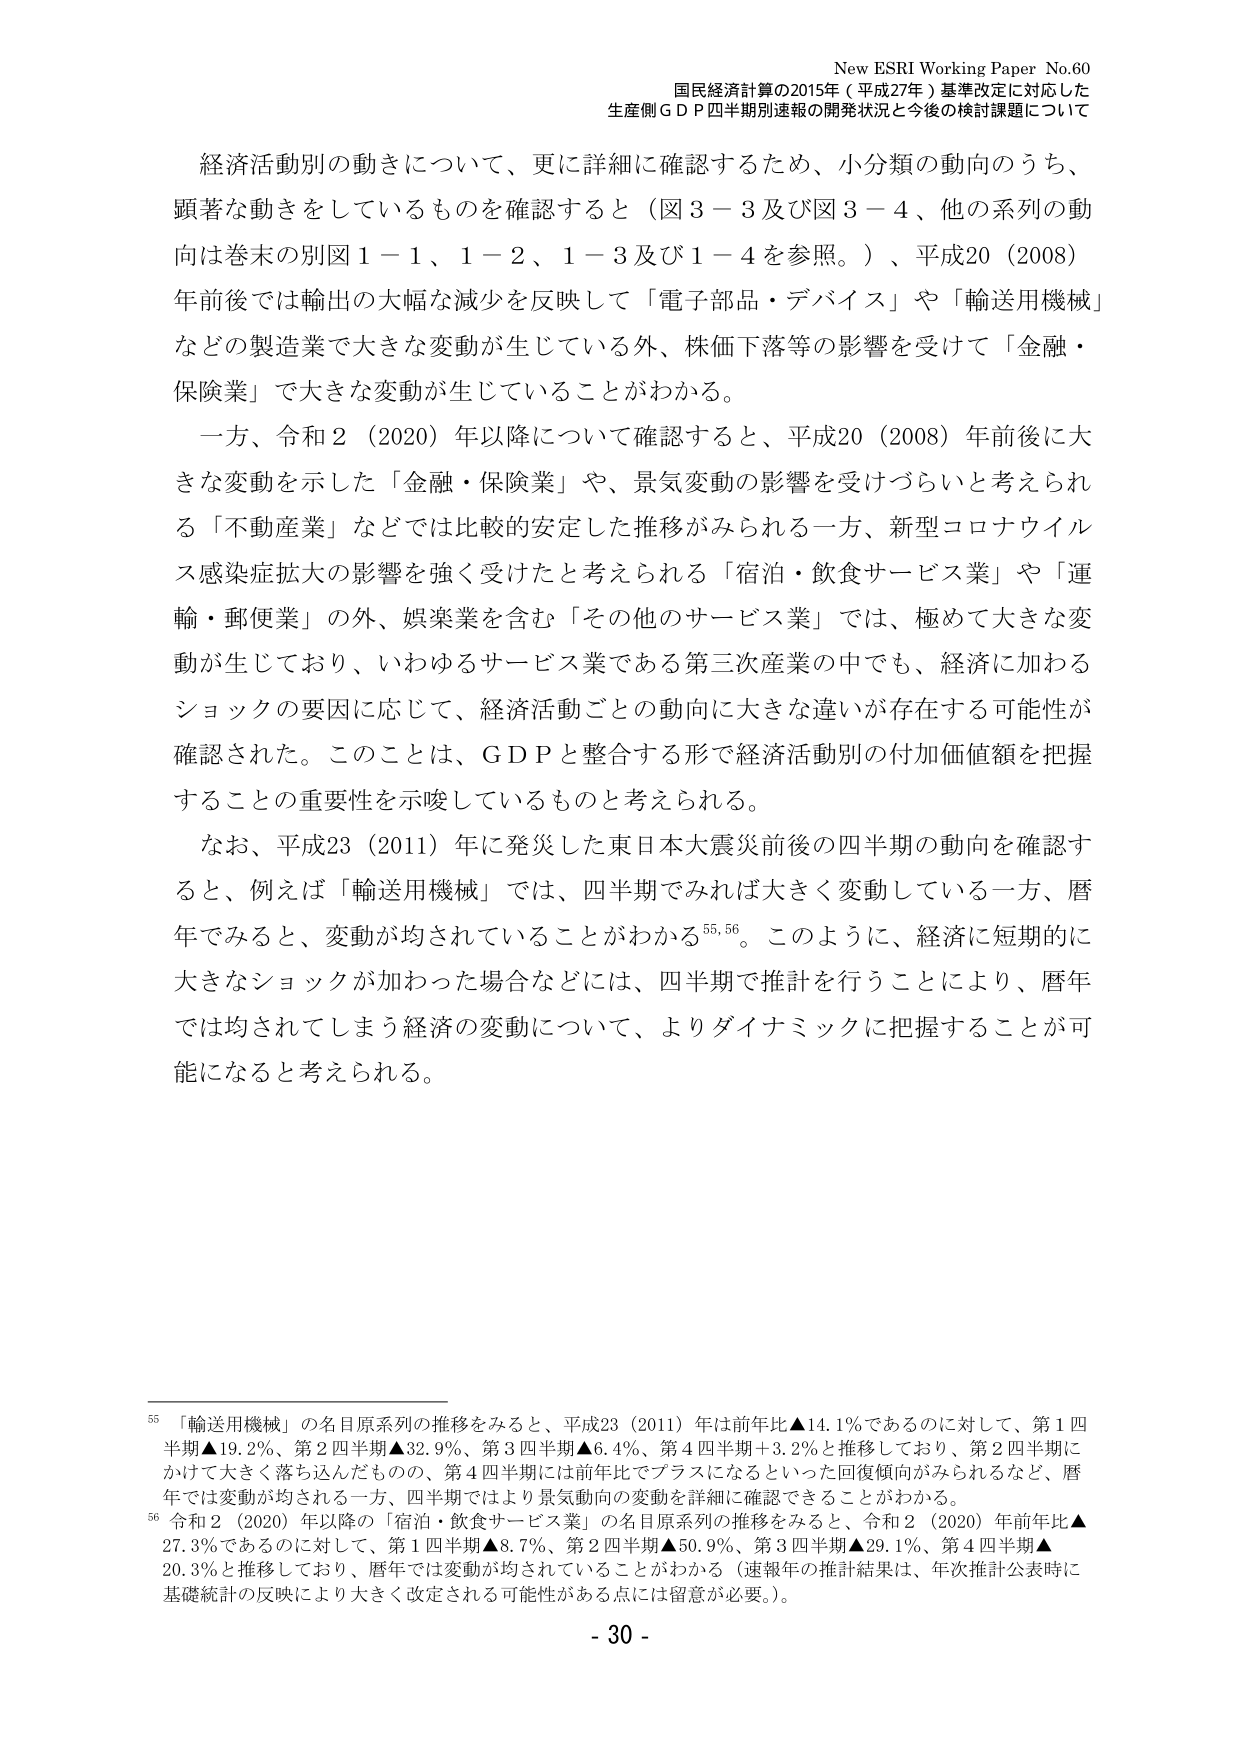
New ESRI Working Paper No.60
国民経済計算の2015年（平成27年）基準改定に対応した
生産側ＧＤＰ四半期別速報の開発状況と今後の検討課題について

経済活動別の動きについて、更に詳細に確認するため、小分類の動向のうち、
顕著な動きをしているものを確認すると（図3－3及び図3－4、他の系列の動
向は巻末の別図1－1、1－2、1－3及び1－4を参照。）、平成20（2008）
年前後では輸出の大幅な減少を反映して「電子部品・デバイス」や「輸送用機械」
などの製造業で大きな変動が生じている外、株価下落等の影響を受けて「金融・
保険業」で大きな変動が生じていることがわかる。

一方、令和2（2020）年以降について確認すると、平成20（2008）年前後に大
きな変動を示した「金融・保険業」や、景気変動の影響を受けづらいと考えられ
る「不動産業」などでは比較的安定した推移がみられる一方、新型コロナウイル
ス感染症拡大の影響を強く受けたと考えられる「宿泊・飲食サービス業」や「運
輸・郵便業」の外、娯楽業を含む「その他のサービス業」では、極めて大きな変
動が生じており、いわゆるサービス業である第三次産業の中でも、経済に加わる
ショックの要因に応じて、経済活動ごとの動向に大きな違いが存在する可能性が
確認された。このことは、ＧＤＰと整合する形で経済活動別の付加価値額を把握
することの重要性を示唆しているものと考えられる。

なお、平成23（2011）年に発災した東日本大震災前後の四半期の動向を確認す
ると、例えば「輸送用機械」では、四半期でみれば大きく変動している一方、暦
年でみると、変動が均されていることがわかる⁵⁵,⁵⁶。このように、経済に短期的に
大きなショックが加わった場合などには、四半期で推計を行うことにより、暦年
では均されてしまう経済の変動について、よりダイナミックに把握することが可
能になると考えられる。

⁵⁵ 「輸送用機械」の名目原系列の推移をみると、平成23（2011）年は前年比▲14.1％であるのに対して、第1四
半期▲19.2％、第2四半期▲32.9％、第3四半期▲6.4％、第4四半期＋3.2％と推移しており、第2四半期に
かけて大きく落ち込んだものの、第4四半期には前年比でプラスになるといった回復傾向がみられるなど、暦
年では変動が均される一方、四半期ではより景気動向の変動を詳細に確認できることがわかる。
⁵⁶ 令和2（2020）年以降の「宿泊・飲食サービス業」の名目原系列の推移をみると、令和2（2020）年前年比▲
27.3％であるのに対して、第1四半期▲8.7％、第2四半期▲50.9％、第3四半期▲29.1％、第4四半期▲
20.3％と推移しており、暦年では変動が均されていることがわかる（速報年の推計結果は、年次推計公表時に
基礎統計の反映により大きく改定される可能性がある点には留意が必要。）。

- 30 -